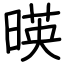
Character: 暎